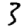
Digit: 3